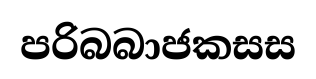
පරිබබාජකසස